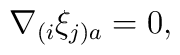
\nabla_{(i}\xi_{j)a} = 0  ,